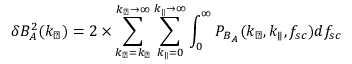
\delta B _ { A } ^ { 2 } ( k _ { \perp } ) = 2 \times \sum _ { k _ { \perp } = k _ { \perp } } ^ { k _ { \perp } \rightarrow \infty } \sum _ { k _ { \parallel } = 0 } ^ { k _ { \parallel } \rightarrow \infty } \int _ { 0 } ^ { \infty } P _ { B _ { A } } ( k _ { \perp } , k _ { \parallel } , f _ { s c } ) d f _ { s c }